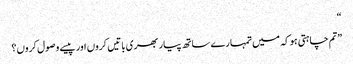
“
”تم چاہتی ہو کہ میں تمہارے ساتھ پیار بھری باتیں کروں اور پیسے وصول کروں؟